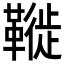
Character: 𩌦